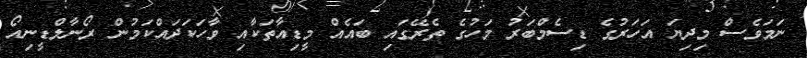
ނަމަވެސް މިދިޔަ އަހަރުގެ ޑިސެމްބަރު މަހުގެ ތެރޭގައި ބައެއް މީޑިއާތަކާއި ވާހަކަދައްކަމުން ރޯނާލްޑީނިއޯ